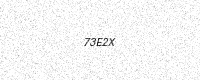
Text: 73E2X